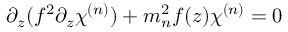
\partial _ { z } ( f ^ { 2 } \partial _ { z } \chi ^ { ( n ) } ) + m _ { n } ^ { 2 } f ( z ) \chi ^ { ( n ) } = 0